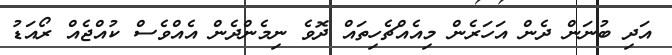
އަދި ބުނަން ދެން އަހަރެން މިއެއްޗެހިތައް ދޮވެ ނިމެންދެން އެއްވެސް ކުއްޖެއް ރޯއަޑު